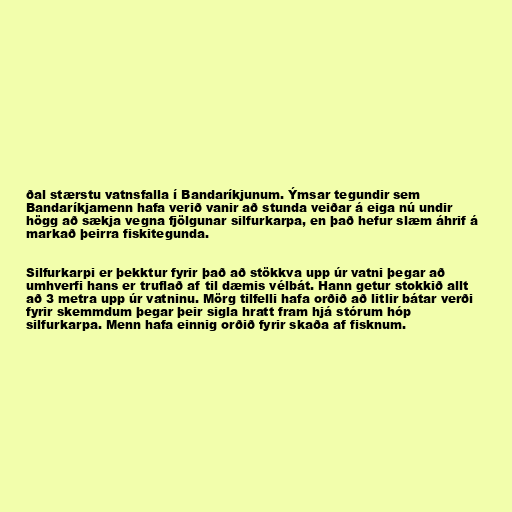
ðal stærstu vatnsfalla í Bandaríkjunum. Ýmsar tegundir sem
Bandaríkjamenn hafa verið vanir að stunda veiðar á eiga nú undir
högg að sækja vegna fjölgunar silfurkarpa, en það hefur slæm áhrif á
markað þeirra fiskitegunda.

Silfurkarpi er þekktur fyrir það að stökkva upp úr vatni þegar að
umhverfi hans er truflað af til dæmis vélbát. Hann getur stokkið allt
að 3 metra upp úr vatninu. Mörg tilfelli hafa orðið að litlir bátar verði
fyrir skemmdum þegar þeir sigla hratt fram hjá stórum hóp
silfurkarpa. Menn hafa einnig orðið fyrir skaða af fisknum.